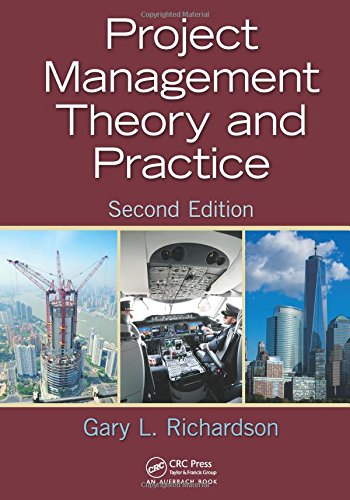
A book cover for Project Management Theory and Practice, Second Edition; Gary L. Richardson; Business & Money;